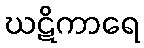
ဃဋိကာရေ